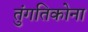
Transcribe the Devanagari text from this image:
तुंगतिकोना